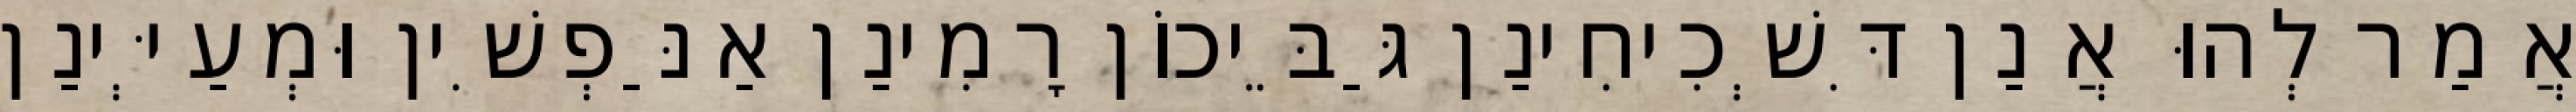
אֲמַר לְהוּ אֲנַן דִּשְׁכִיחִינַן גַּבֵּיכוֹן רָמִינַן אַנַּפְשִׁין וּמְעַיְּינַן